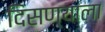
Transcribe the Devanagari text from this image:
दिसण्याला